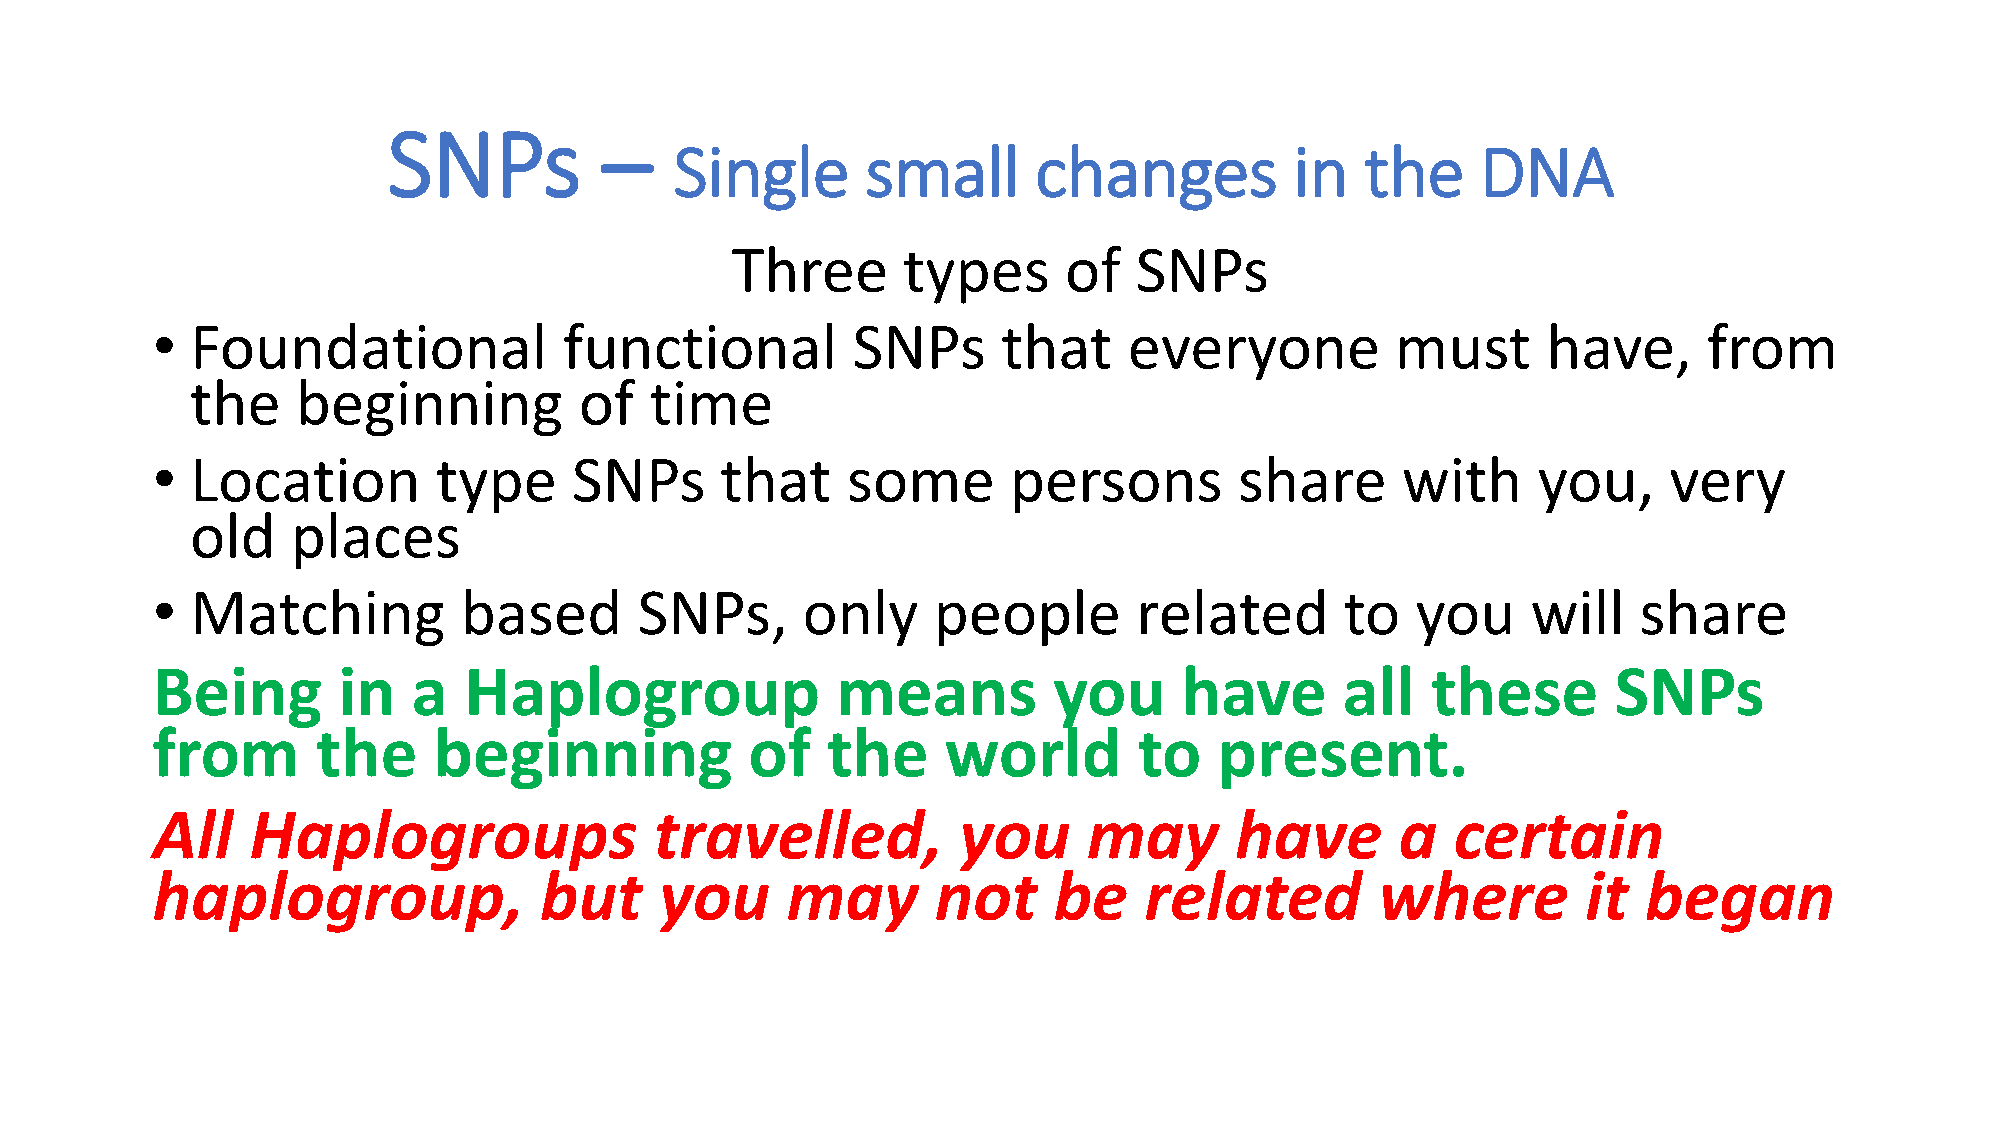
SNPs          –
 Single      small       changes          in  the     DNA
 Three       types     of   SNPs
 •  Foundational            functional         SNPs      that     everyone         must      have,      from
 the    beginning         of   time
 •  Location        type     SNPs      that    some       persons        share      with     you,    very
 old   places
 •  Matching         based       SNPs,      only     people       related       to   you    will   share
 Being       in   a   Haplogroup              means          you     have       all   these       SNPs
 from       the     beginning            of   the     world       to    present.
 All   Haplogroups                travelled,          you      may       have       a  certain
 haplogroup,               but     you     may       not     be    related        where         it  began